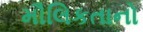
મૌલિકતાનો